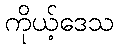
ကိုယ့်ဒေသ